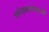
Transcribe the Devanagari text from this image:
गणेशबाळासाठी